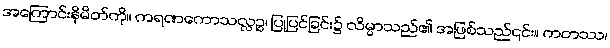
အကြောင်းနိမိတ်ကို။ ကရဏကောသလ္လဉ္စ၊ ပြုပြင်ခြင်း၌ လိမ္မာသည်၏ အဖြစ်သည်၎င်း။ ကတဿ၊